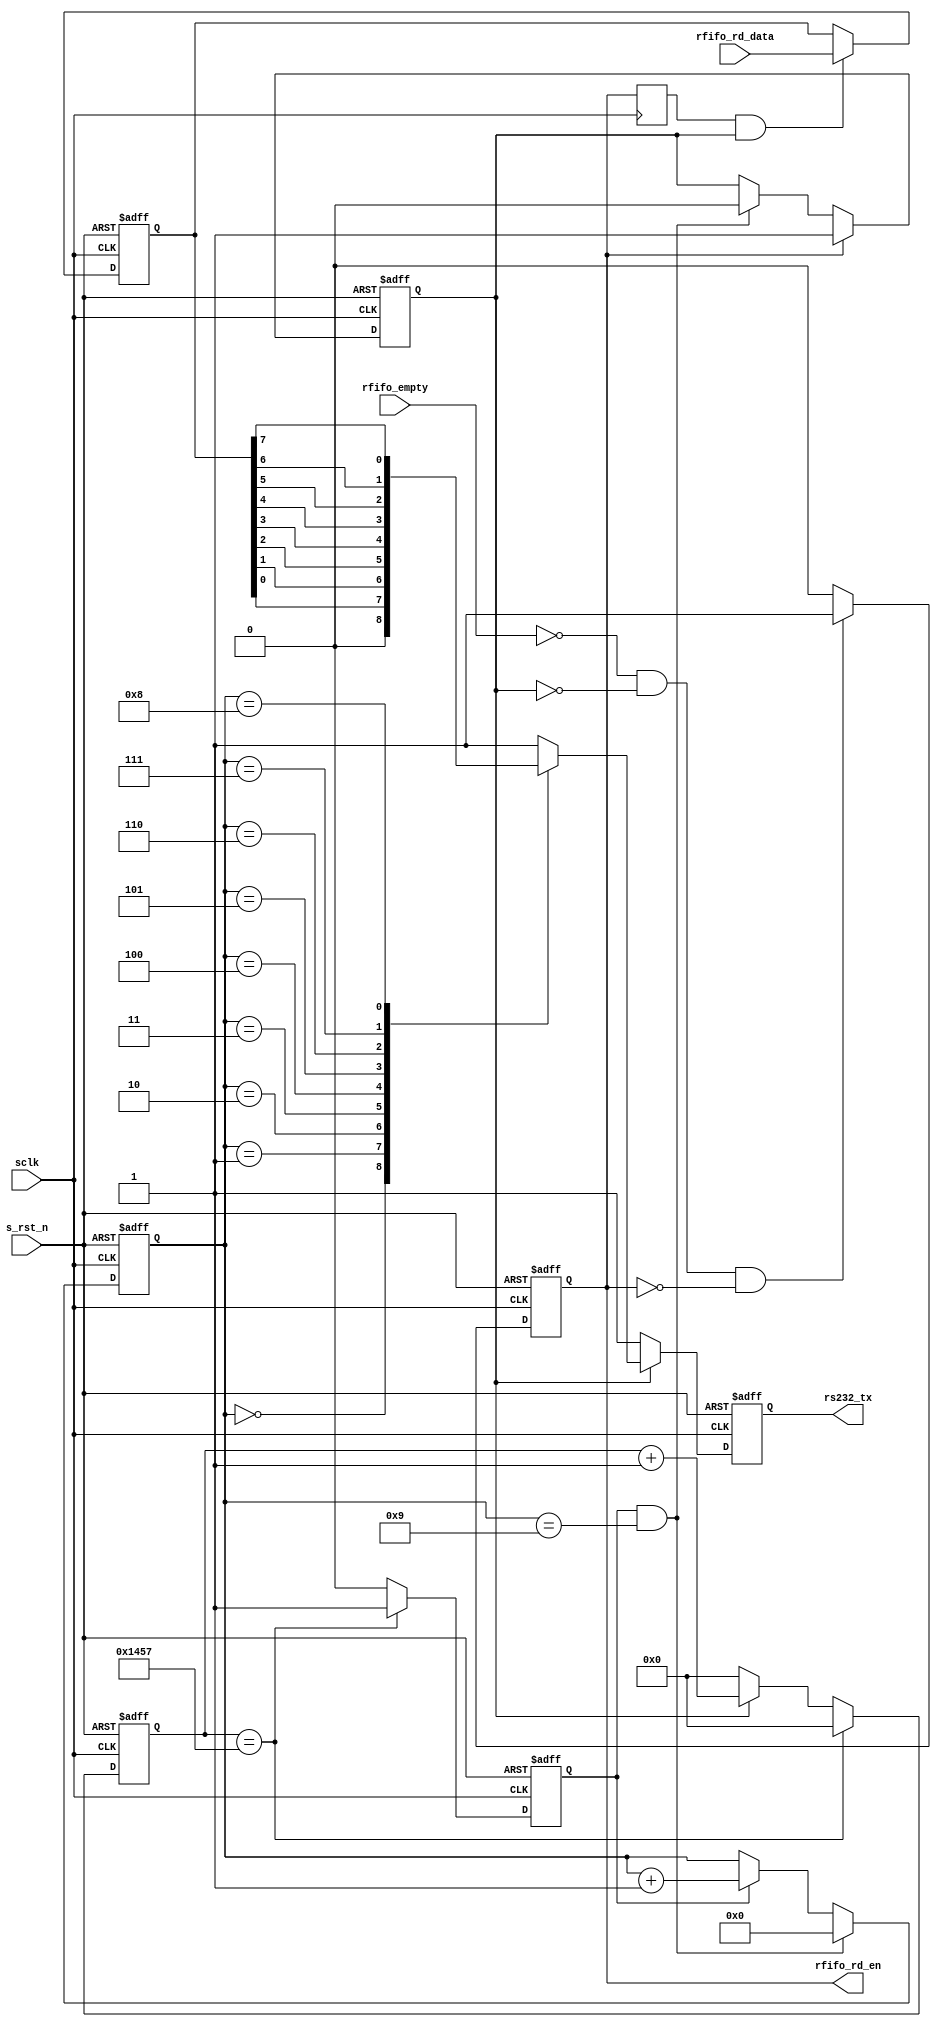
// *********************************************************************************
// Project Name : 
// Create Time  : 2016/8/29 14:18:53
// Module Name  :
// Called By    : 
// Abstract     :
//
// CopyRight(c) 2016, OpenSoc Studio..
// All Rights Reserved
//
// *********************************************************************************
// Modification History:
// 1. initial
// *********************************************************************************/
// *************************
// MODULE DEFINITION
// *************************


module  uart_tx(
        // system signals
        input                   sclk                    ,
        input                   s_rst_n                 ,
        // UART Interface
        output  reg             rs232_tx                ,
        // RFIFO
        input                   rfifo_empty             ,
        output  reg             rfifo_rd_en             ,
        input           [ 7:0]  rfifo_rd_data           
);

//====================================================================\
// ********** Define Parameter and Internal Signals *************
//====================================================================/
`ifndef SIM
localparam      BAUD_END        =       5207                    ;
`else
localparam      BAUD_END        =       28                      ;
`endif
localparam      BAUD_M          =       BAUD_END/2 - 1          ;
localparam      BIT_END         =       9                       ;

reg     [ 7:0]                  tx_data_r                       ;
reg                             tx_flag                         ;
reg     [12:0]                  baud_cnt                        ;
reg                             bit_flag                        ;
reg     [ 3:0]                  bit_cnt                         ;
wire                            tx_trig                         ;
reg                             tx_trig_r1                      ;
//=================================================================================
// ***************      Main    Code    ****************
//=================================================================================
// rfifo_rd_en
always  @(posedge sclk or negedge s_rst_n) begin
        if(s_rst_n == 1'b0)
                rfifo_rd_en     <=      1'b0;
        else if(rfifo_empty == 1'b0 && tx_flag == 1'b0 && rfifo_rd_en == 1'b0)
                rfifo_rd_en     <=      1'b1;
        else
                rfifo_rd_en     <=      1'b0;
end

// tx_trig_r1
always  @(posedge sclk) begin
        tx_trig_r1      <=      tx_trig;
end 

// tx_data_r
always  @(posedge sclk or negedge s_rst_n) begin
        if(s_rst_n == 1'b0)
                tx_data_r       <=      'd0;
        else if(tx_trig_r1 == 1'b1 && tx_flag == 1'b1)
                tx_data_r       <=      rfifo_rd_data;
end

// tx_flag
always  @(posedge sclk or negedge s_rst_n) begin
        if(s_rst_n == 1'b0)
                tx_flag <=      1'b0;
        else if(tx_trig == 1'b1)
                tx_flag <=      1'b1;
        else if(bit_cnt == BIT_END && bit_flag == 1'b1)
                tx_flag <=      1'b0;
end

//baud_cnt
always  @(posedge sclk or negedge s_rst_n) begin
        if(s_rst_n == 1'b0)
                baud_cnt        <=      'd0;
        else if(baud_cnt == BAUD_END)
                baud_cnt        <=      'd0;
        else if(tx_flag == 1'b1)
                baud_cnt        <=      baud_cnt + 1'b1;
        else
                baud_cnt        <=      'd0;
end

// bit_flag
always  @(posedge sclk or negedge s_rst_n) begin
        if(s_rst_n == 1'b0)
                bit_flag        <=      1'b0;
        else if(baud_cnt == BAUD_END)
                bit_flag        <=      1'b1;
        else
                bit_flag        <=      1'b0;
end

//bit_cnt
always  @(posedge sclk or negedge s_rst_n) begin
        if(s_rst_n == 1'b0)
                bit_cnt <=      'd0;
        else if(bit_flag == 1'b1 && bit_cnt == BIT_END)
                bit_cnt <=      'd0;
        else if(bit_flag == 1'b1)
                bit_cnt <=      bit_cnt + 1'b1;
end

// rs232_tx
always  @(posedge sclk or negedge s_rst_n) begin
        if(s_rst_n == 1'b0)
                rs232_tx        <=      1'b1;
        else if(tx_flag == 1'b1)
                case(bit_cnt)
                        0:      rs232_tx        <=      1'b0;           // start bit
                        1:      rs232_tx        <=      tx_data_r[0];
                        2:      rs232_tx        <=      tx_data_r[1];
                        3:      rs232_tx        <=      tx_data_r[2];
                        4:      rs232_tx        <=      tx_data_r[3];
                        5:      rs232_tx        <=      tx_data_r[4];
                        6:      rs232_tx        <=      tx_data_r[5];
                        7:      rs232_tx        <=      tx_data_r[6];
                        8:      rs232_tx        <=      tx_data_r[7];  
                        default:rs232_tx        <=      1'b1;
                endcase
        else
                rs232_tx        <=      1'b1;
end

assign  tx_trig =       rfifo_rd_en;

endmodule